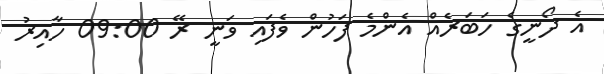
އެ ދޯނީގެ ހަބަރެއް އެންމެ ފަހުން ވެފައި ވަނީ ރޭ 09:00 ހާއިރު